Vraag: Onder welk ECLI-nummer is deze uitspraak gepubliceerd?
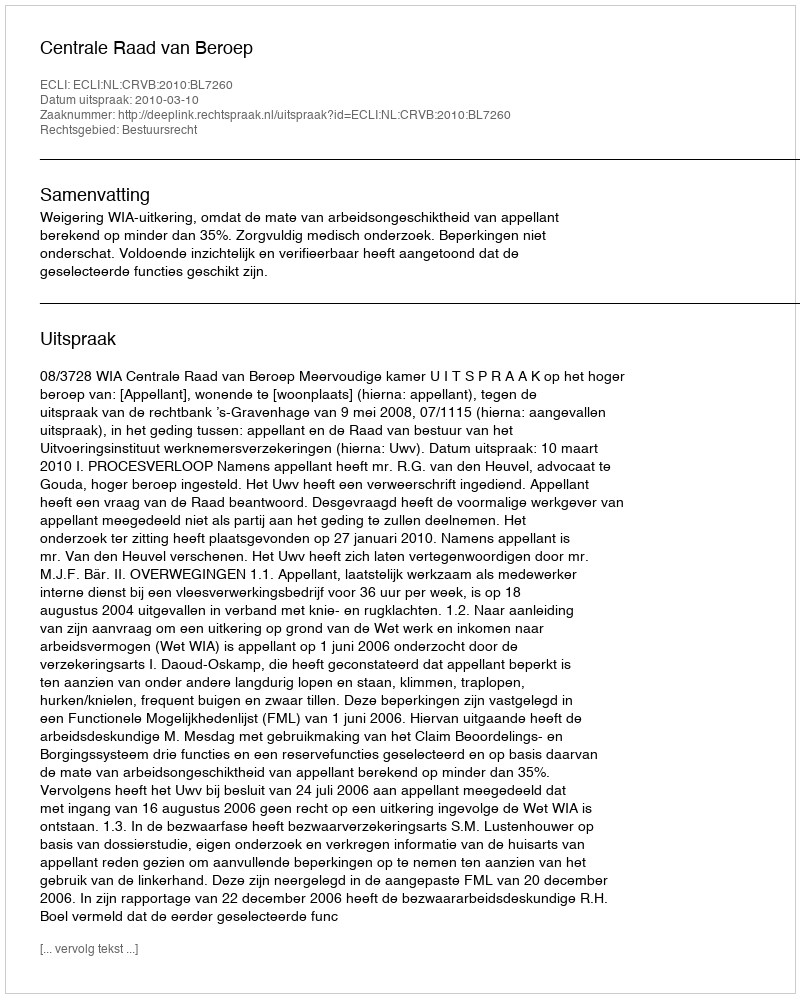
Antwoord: ECLI:NL:CRVB:2010:BL7260